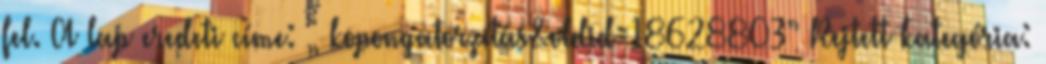
fel. A lap eredeti címe: „ koponyatorzítás&oldid=18628803” Rejtett kategória: